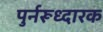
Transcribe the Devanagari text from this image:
पुर्नरूध्दारक